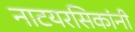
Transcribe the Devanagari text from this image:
नाटयरसिकांनी